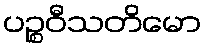
ပဉ္စဝီသတိမော